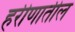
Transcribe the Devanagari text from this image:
हरीणातील